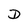
Character: D